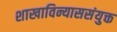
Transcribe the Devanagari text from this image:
शाखाविन्याससंयुक्त